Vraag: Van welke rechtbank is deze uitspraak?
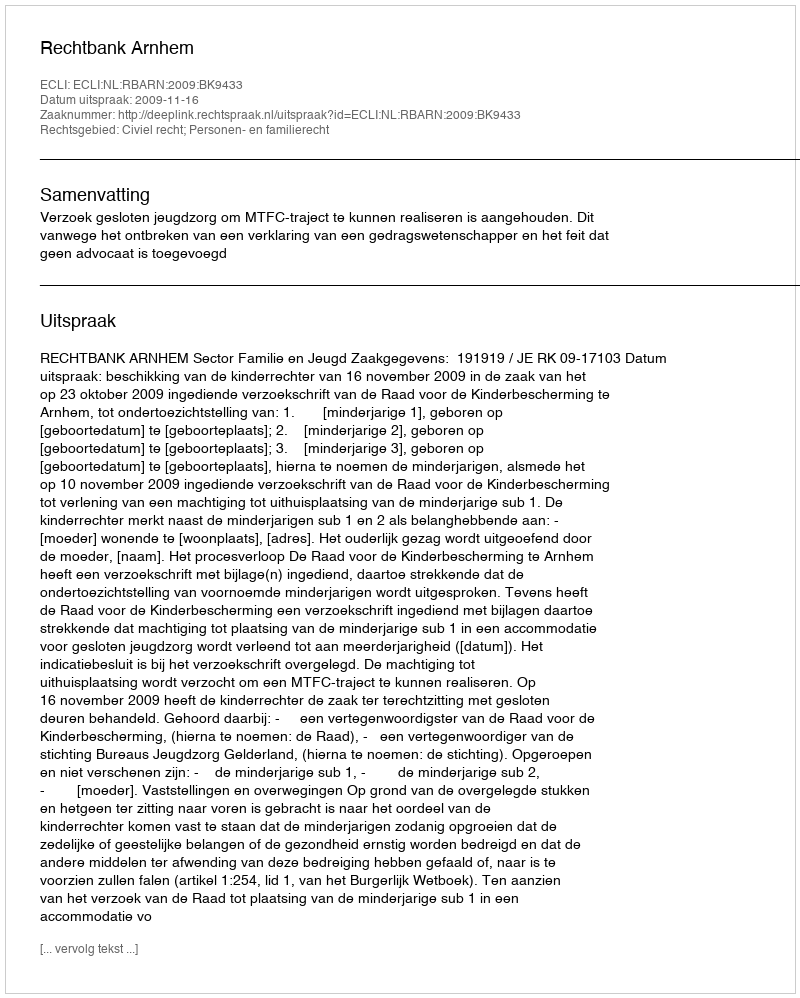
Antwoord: Rechtbank Arnhem